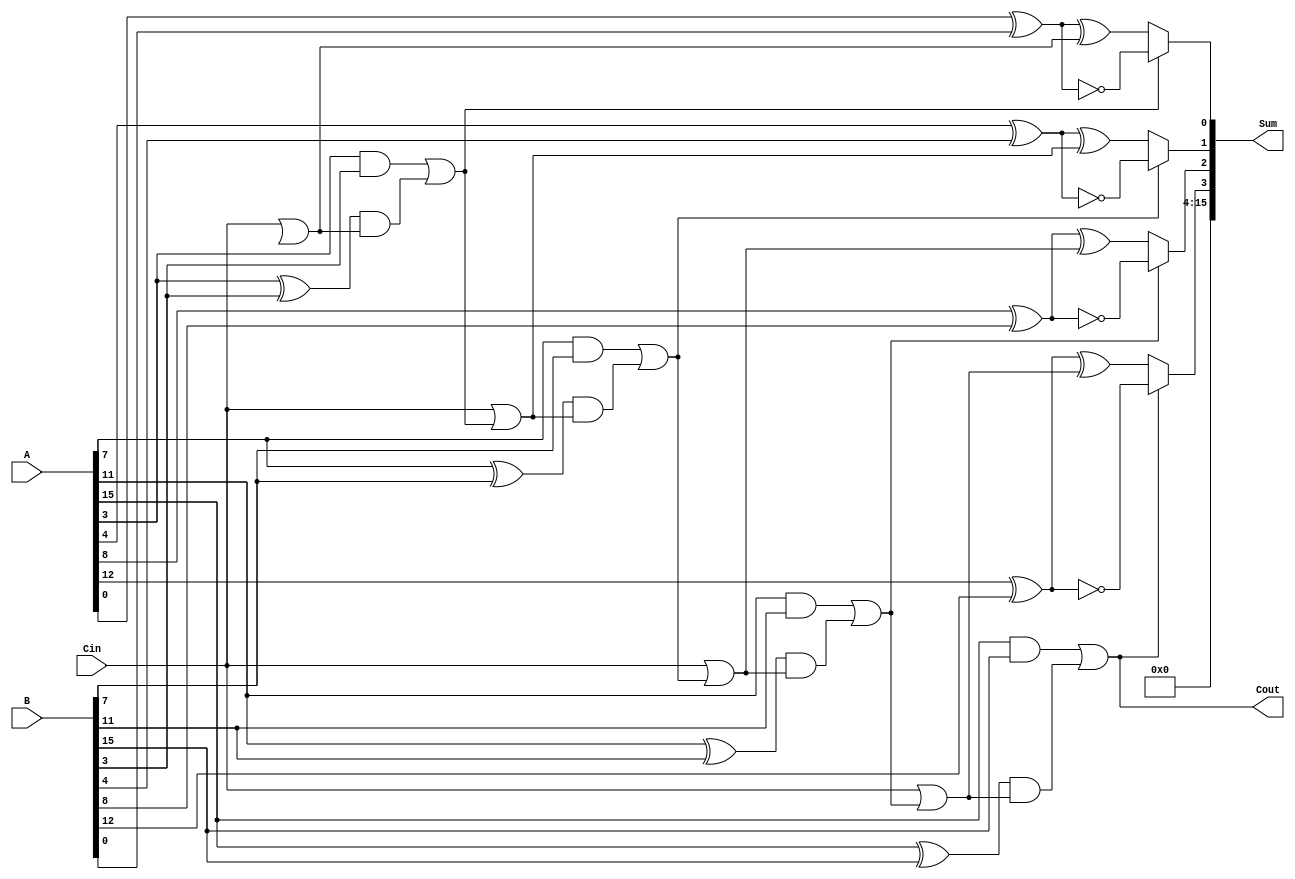
module CSLA_16bit (
    input [15:0] A,           // First operand
    input [15:0] B,           // Second operand
    input Cin,                // Carry input
    output [15:0] Sum,        // Sum output
    output Cout               // Carry output
);

    // Internal signals for carry generation and propagation
    wire [3:0] G; // Generate signals
    wire [3:0] P; // Propagate signals
    wire [3:0] S0, S1; // Partial sums assuming carry-in 0 and 1
    wire [3:0] C; // Carry outputs for each segment
    wire [3:0] MUX_S; // MUX outputs for the final sum

    // Generate and propagate for each segment
    genvar i;
    generate
        for (i = 0; i < 4; i = i + 1) begin : segment
            // Generate and propagate
            assign G[i] = A[4*i + 3] & B[4*i + 3];
            assign P[i] = A[4*i + 3] ^ B[4*i + 3];

            // Calculate sums assuming carry-in 0 and 1
            assign S0[i] = A[4*i + 3:4*i] ^ B[4*i + 3:4*i] ^ (Cin | C[i-1]);
            assign S1[i] = A[4*i + 3:4*i] ^ B[4*i + 3:4*i] ^ (1 | C[i-1]);

            // Carry-out for each segment
            assign C[i] = G[i] | (P[i] & (Cin | C[i-1]));
        end
    endgenerate

    // MUX to select the correct sum based on carry-out
    assign MUX_S[0] = C[0] ? S1[0] : S0[0];
    assign MUX_S[1] = C[1] ? S1[1] : S0[1];
    assign MUX_S[2] = C[2] ? S1[2] : S0[2];
    assign MUX_S[3] = C[3] ? S1[3] : S0[3];

    // Final sum output
    assign Sum = {MUX_S[3], MUX_S[2], MUX_S[1], MUX_S[0]};

    // Final carry output
    assign Cout = C[3];

endmodule